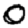
Digit: 0